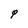
Character: q